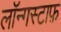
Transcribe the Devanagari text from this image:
लॉन्गस्टाफ़